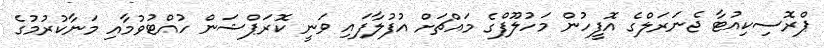
ޕްރޮސިކިއުޓާ ޖެނަރަލްގެ އޮފީހުން މަހުލޫފްގެ މައްޗަށް އުފުލާފައި ވަނީ ކޮރަޕްޝަން ހުއްޓުވުމާއި މަނާކުރުމުގެ